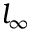
l _ { \infty }